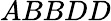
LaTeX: ABBDD